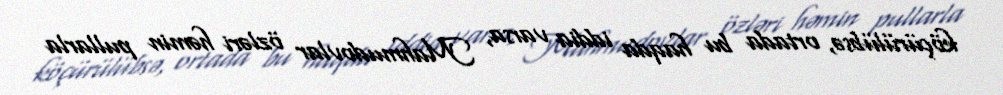
köçürülübsə, ortada bu haqda iddia varsa, Mahmudovlar özləri həmin pullarla